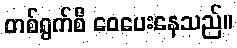
တစ်ရွက်စီ ဝေပေးနေသည်။